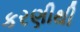
કરણીથી